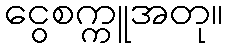
ငွေစက္ကူအတု။